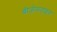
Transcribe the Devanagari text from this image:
बीजेनाटाइन